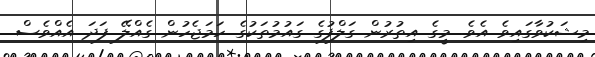
މިޝަކުވާގައިވެ އެވެ. މީގެ އިތުރުން ގަލްފުގެ ގައުމުތަކުގެ ހަމަޖެހުން ގެއްލޭ ފަދަ އެއްވެސް